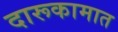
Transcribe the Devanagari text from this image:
दारूकामात